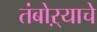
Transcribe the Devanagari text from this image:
तंबोऱ्याचे